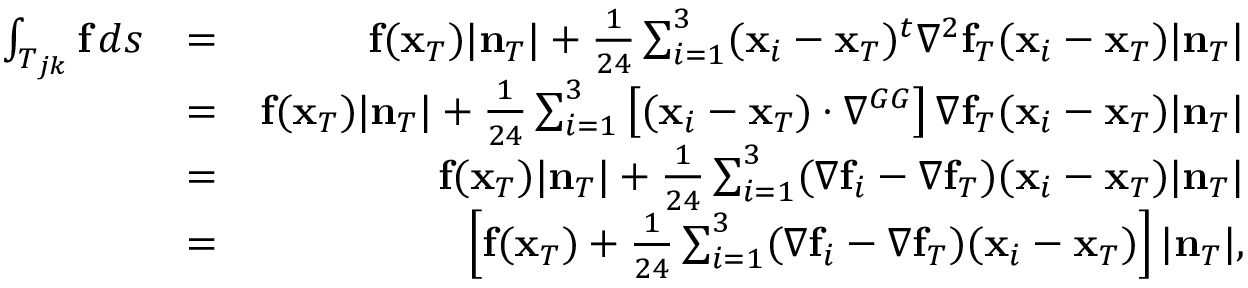
\begin{array} { r l r } { \int _ { T _ { j k } } { \bf f } \, d s } & { = } & { { \bf f } ( { \bf x } _ { T } ) | { \bf n } _ { T } | + \frac { 1 } { 2 4 } \sum _ { i = 1 } ^ { 3 } ( { \bf x } _ { i } - { \bf x } _ { T } ) ^ { t } \nabla ^ { 2 } { \bf f } _ { T } ( { \bf x } _ { i } - { \bf x } _ { T } ) | { \bf n } _ { T } | } \\ & { = } & { { \bf f } ( { \bf x } _ { T } ) | { \bf n } _ { T } | + \frac { 1 } { 2 4 } \sum _ { i = 1 } ^ { 3 } \left[ ( { \bf x } _ { i } - { \bf x } _ { T } ) \cdot \nabla ^ { G G } \right] \nabla { \bf f } _ { T } ( { \bf x } _ { i } - { \bf x } _ { T } ) | { \bf n } _ { T } | } \\ & { = } & { { \bf f } ( { \bf x } _ { T } ) | { \bf n } _ { T } | + \frac { 1 } { 2 4 } \sum _ { i = 1 } ^ { 3 } ( \nabla { \bf f } _ { i } - \nabla { \bf f } _ { T } ) ( { \bf x } _ { i } - { \bf x } _ { T } ) | { \bf n } _ { T } | } \\ & { = } & { \left[ { \bf f } ( { \bf x } _ { T } ) + \frac { 1 } { 2 4 } \sum _ { i = 1 } ^ { 3 } ( \nabla { \bf f } _ { i } - \nabla { \bf f } _ { T } ) ( { \bf x } _ { i } - { \bf x } _ { T } ) \right] | { \bf n } _ { T } | , } \end{array}